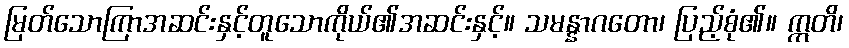
မြတ်သောကြာအဆင်းနှင့်တူသောကိုယ်၏အဆင်းနှင့်။ သမန္နာဂတော၊ ပြည့်စုံ၏။ ဣတိ၊